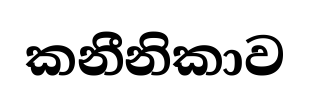
කනීනිකාව